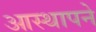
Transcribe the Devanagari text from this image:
आस्थापने